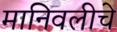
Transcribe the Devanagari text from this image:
मानिवलीचे